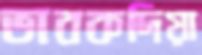
ভাবকদিয়া